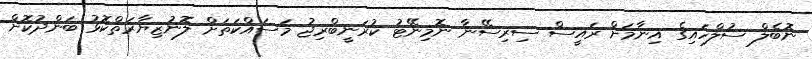
ނޮބެލް ސުލްހައިގެ އިނާމަށް ރައީސް ސިރިސޭނާ ނޮމިނޭޓު ކުރަނީބްރިޖު މަސައްކަތަށް ލޮނުޒިޔާރަތްކޮޅު ބަންދުކޮށް